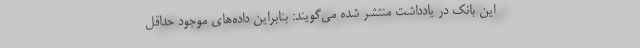
این بانک در یادداشت منتشر شده می‌گویند: بنابراین داده‌های موجود حداقل